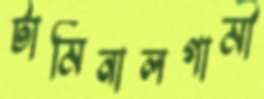
টার্মিনালগামী